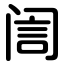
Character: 訚